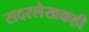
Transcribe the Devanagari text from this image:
सदरलेखकही